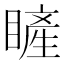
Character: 𥊓